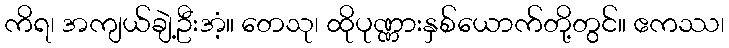
ကိရ၊ အကျယ်ချဲ့ဦးအံ့။ တေသု၊ ထိုပုဏ္ဏားနှစ်ယောက်တို့တွင်။ ဧကဿ၊